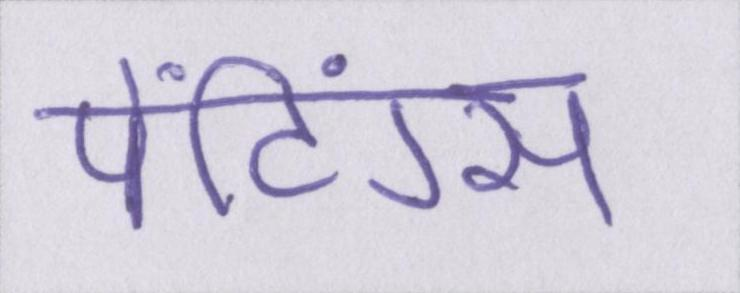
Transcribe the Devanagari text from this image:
पेंटिंग्स